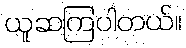
ယူဆကြပါတယ်။